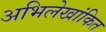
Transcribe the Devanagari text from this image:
अभिलेखांकित